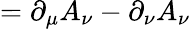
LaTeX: =\partial_{\mu}A_{\nu}-\partial_{\nu}A_{\nu}